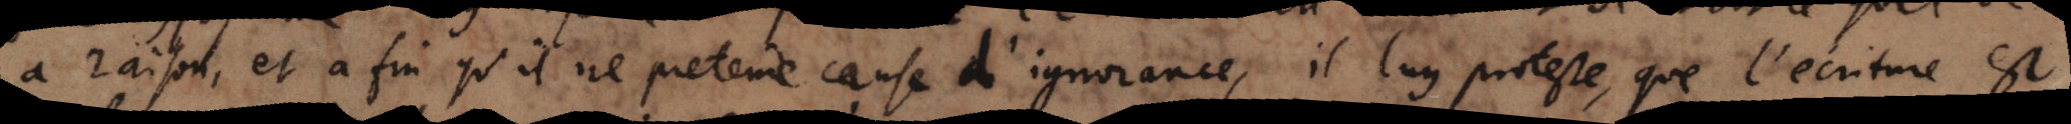
a raison, et a fin qu’il ne pretende cause d’ingnorance, il luy proteste que l’écriture est